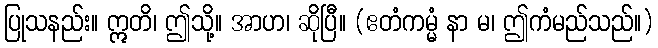
ပြုသနည်း။ ဣတိ၊ ဤသို့။ အာဟ၊ ဆိုပြီ။ (ဧတံကမ္မံ နာ မ၊ ဤကံမည်သည်။)